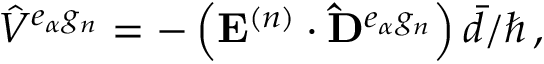
{ \hat { V } } ^ { e _ { \alpha } g _ { n } } = - \left( { \bf E } ^ { ( n ) } \cdot { \bf \hat { D } } ^ { e _ { \alpha } g _ { n } } \right) { \bar { d } } / \hbar \, ,